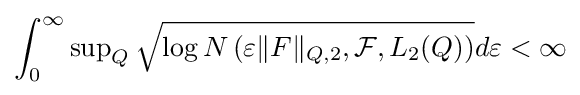
\int _{0}^{\infty }\sup \nolimits _{Q}{\sqrt {\log N\left(\varepsilon \|F\|_{Q,2},{\mathcal {F}},L_{2}(Q)\right)}}d\varepsilon <\infty